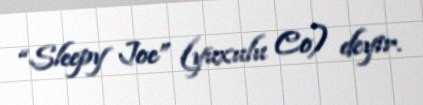
“Sleepy Joe” (yuxulu Co) deyir.